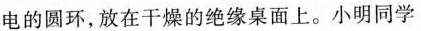
电的圆环，放在干燥的绝缘桌面上。小明同学